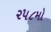
૨૫૮મો